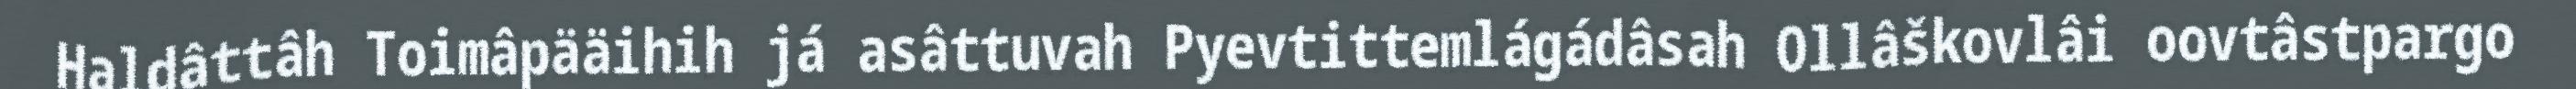
Haldâttâh Toimâpääihih já asâttuvah Pyevtittemlágádâsah Ollâškovlâi oovtâstpargo